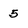
Character: 5